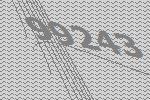
99243